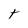
Character: t